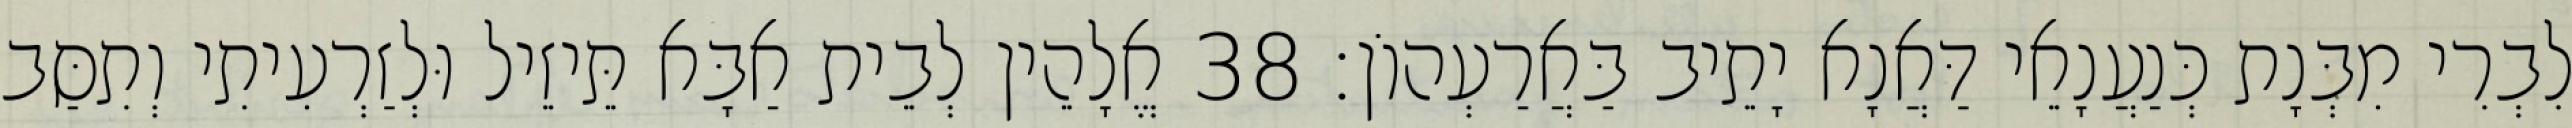
לִבְרִי מִבְּנָת כְּנַעֲנָאֵי דַּאֲנָא יָתֵיב בַּאֲרַעְהוֹן׃ 38 אֱלָהֵין לְבֵית אַבָּא תֵּיזֵיל וּלְזַרְעִיתִי וְתִסַּב